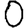
Digit: 0